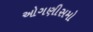
ઓગણીસમો